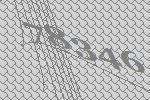
78346